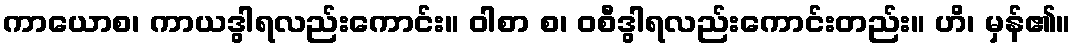
ကာယောစ၊ ကာယဒွါရလည်းကောင်း။ ဝါစာ စ၊ ဝစီဒွါရလည်းကောင်းတည်း။ ဟိ၊ မှန်၏။